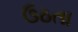
ઉઠતા